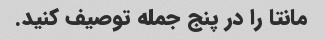
مانتا را در پنج جمله توصیف کنید.